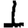
Digit: 1